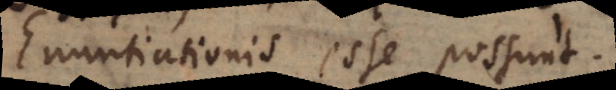
Enuntiationis esse possunt.